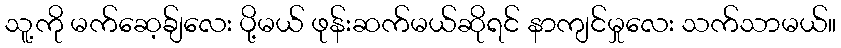
သူ့ကို မက်ဆေ့ခ်ျလေး ပို့မယ် ဖုန်းဆက်မယ်ဆိုရင် နာကျင်မှုလေး သက်သာမယ်။